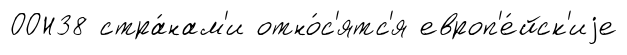
ООН38 стра́нам'и отно́с'ятс'я европ'е́йск'иjе